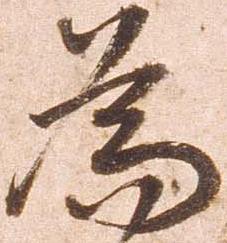
為